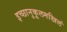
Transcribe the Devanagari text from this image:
इच्छानुकूलमखिलं